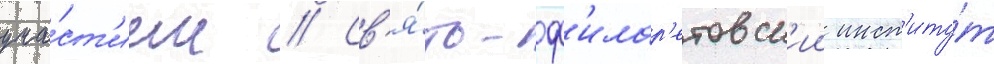
уча́ст'ием // Св'я́то-ф'илар'етовск'ии инст'иту́т